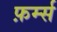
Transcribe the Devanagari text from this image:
फ़र्म्स